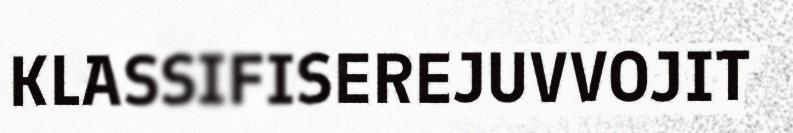
KLASSIFISEREJUVVOJIT